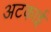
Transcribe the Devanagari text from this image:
अटकाई